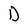
Character: D